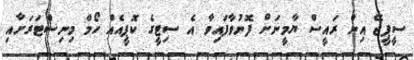
ސީޕީޖޭ އިން ރައީސް ޔާމީނަށް ފޮނުވާފައިވާ އެ ސިޓީގެ ކޮޕީއެއް ހޯމް މިނިސްޓަރަށާއި